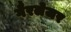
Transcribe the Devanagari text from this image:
गैरलेजर